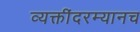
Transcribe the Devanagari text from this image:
व्यक्तींदरम्यानच